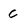
Character: c